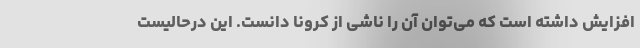
افزایش داشته است که می‌توان آن را ناشی از کرونا دانست. این درحالیست